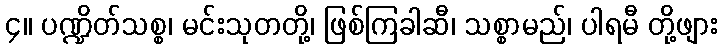
၄။ ပဏ္ဍိတ်သစ္စ၊ မင်းသုတတို့၊ ဖြစ်ကြခါဆီ၊ သစ္စာမည်၊ ပါရမီ တို့ဖျား